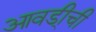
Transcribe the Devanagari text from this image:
आवडी्ची